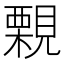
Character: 𧢀